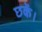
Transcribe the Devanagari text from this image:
छकें।